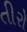
તીરો